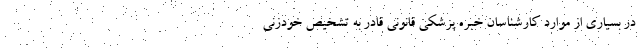
در بسیاری از موارد کارشناسان خبره پزشکی قانونی قادر به تشخیص خودزنی